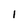
Character: l